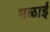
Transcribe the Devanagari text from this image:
मळाई